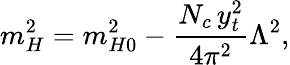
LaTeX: m_{H}^{2}=m_{H0}^{2}-{\frac{N_{c}\, y_{t}^{2}}{4\pi^{2}}}\Lambda^{2},